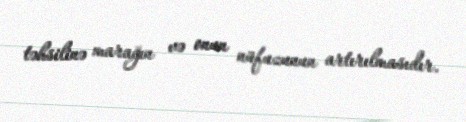
təhsilinə marağın və onun nüfuzunun artırılmasıdır.